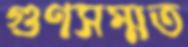
গুণসম্মত